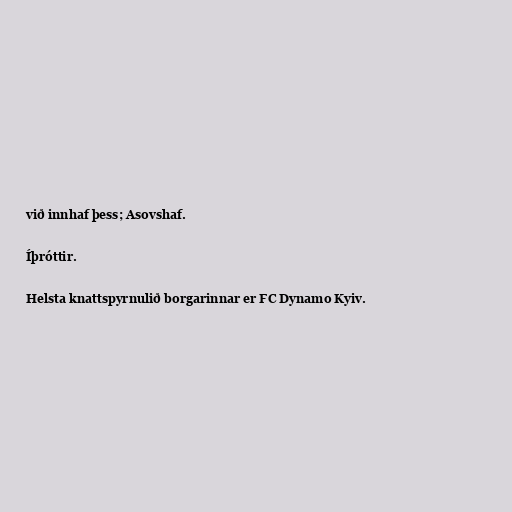
við innhaf þess; Asovshaf.

Íþróttir.

Helsta knattspyrnulið borgarinnar er FC Dynamo Kyiv.